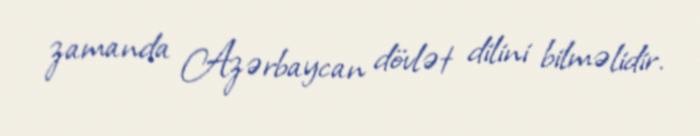
zamanda Azərbaycan dövlət dilini bilməlidir.